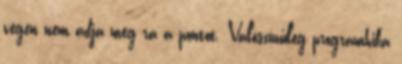
végén nem adja meg rá a pontot. Valószínűleg programhiba